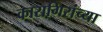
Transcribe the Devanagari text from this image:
कारागिरांच्या